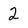
Character: 2